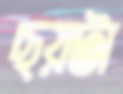
ছয়টা